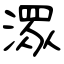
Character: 潀